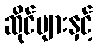
ဆိုင်များနှင့်